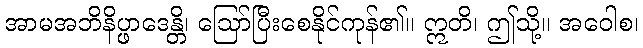
အာမအဘိနိပ္ဖာဒေန္တိ၊ ဩော်ပြီးစေနိုင်ကုန်၏။ ဣတိ၊ ဤသို့။ အဝေါစ၊